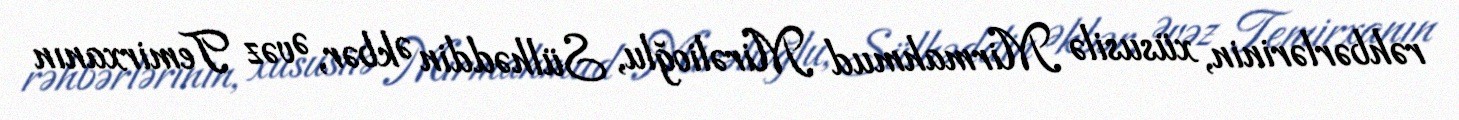
rəhbərlərinin, xüsusilə Mirmahmud Mirəlioğlu, Sülhəddin Əkbər, Əvəz Temirxanın